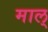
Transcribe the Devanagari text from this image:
माल्